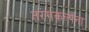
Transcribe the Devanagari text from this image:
तरंगकल्पना